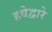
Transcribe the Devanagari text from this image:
हवेद्वारे